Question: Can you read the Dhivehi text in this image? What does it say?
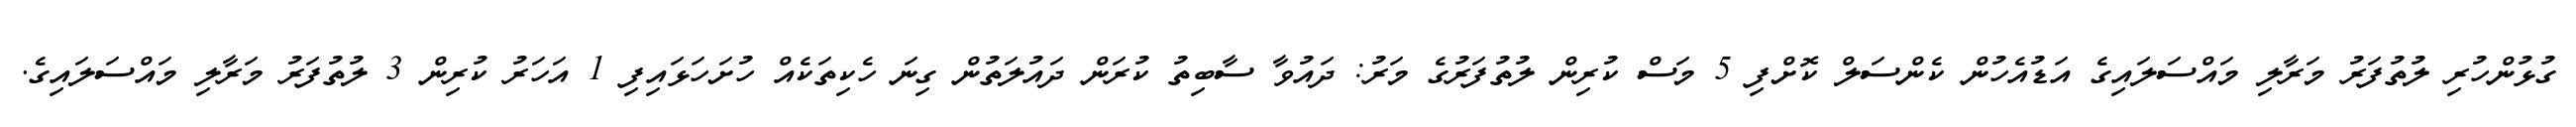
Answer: ގުޅުންހުރި ލުތުފަރު މަރާލި މައްސަލައިގެ އަޑުއެހުން ކެންސަލް ކޮށްފި 5 މަސް ކުރިން ލުތުފަރުގެ މަރު: ދައުވާ ސާބިތު ކުރަން ދައުލަތުން ގިނަ ހެކިތަކެއް ހުށަހަޅައިފި 1 އަހަރު ކުރިން 3 ލުތުފަރު މަރާލި މައްސަލައިގެ.